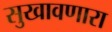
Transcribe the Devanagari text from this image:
सुखावणारा